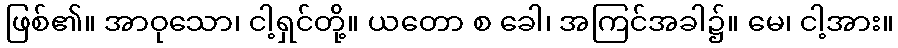
ဖြစ်၏။ အာဝုသော၊ ငါ့ရှင်တို့။ ယတော စ ခေါ၊ အကြင်အခါ၌။ မေ၊ ငါ့အား။